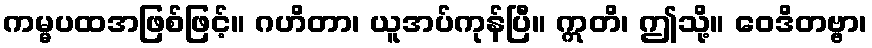
ကမ္မပထအဖြစ်ဖြင့်။ ဂဟိတာ၊ ယူအပ်ကုန်ပြီ။ ဣတိ၊ ဤသို့။ ဝေဒိတဗ္ဗာ၊